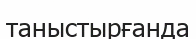
таныстырғанда